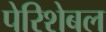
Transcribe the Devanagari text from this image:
पेरिशेबल